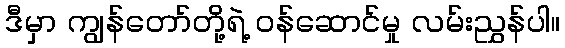
ဒီမှာ ကျွန်တော်တို့ရဲ့ ဝန်ဆောင်မှု လမ်းညွှန်ပါ။